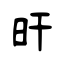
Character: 旰